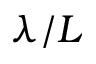
\lambda / L